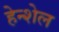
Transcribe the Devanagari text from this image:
हेन्शेल